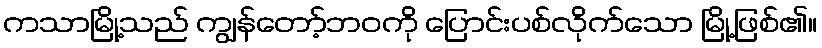
ကသာမြို့သည် ကျွန်တော့်ဘဝကို ပြောင်းပစ်လိုက်သော မြို့ဖြစ်၏။